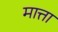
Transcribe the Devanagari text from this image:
मात्ता